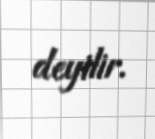
deyilir.